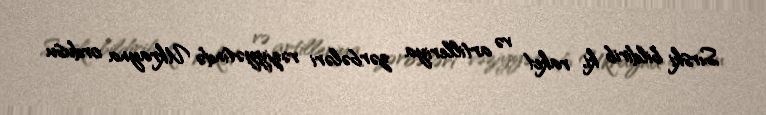
Sırski bildirib ki, raket və artilleriya zərbələri vəziyyətində Ukrayna ordusu